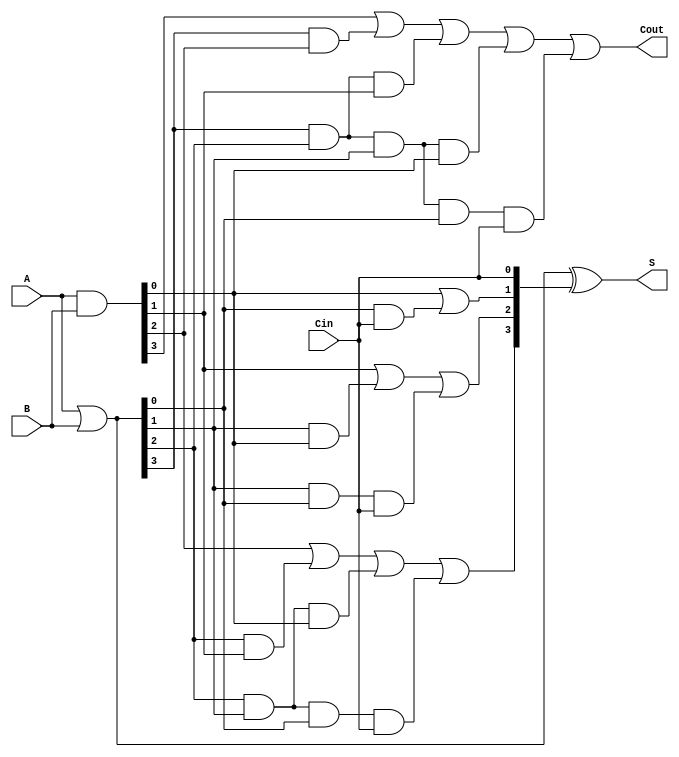
module carry_lookahead_adder (
    input  wire [3:0] A,     // 4-bit input A
    input  wire [3:0] B,     // 4-bit input B
    input  wire Cin,         // Carry input
    output wire [3:0] S,     // 4-bit sum output
    output wire Cout         // Carry output
);

    // Generate and propagate signals
    wire [3:0] G; // Generate signals
    wire [3:0] P; // Propagate signals
    wire [4:0] C; // Carry signals

    // Generate and Propagate logic
    assign G = A & B;         // Generate: Gi = Ai & Bi
    assign P = A | B;         // Propagate: Pi = Ai | Bi

    // Carry signals
    assign C[0] = Cin;        // C0 = Cin
    assign C[1] = G[0] | (P[0] & C[0]); // C1 = G0 + (P0 & C0)
    assign C[2] = G[1] | (P[1] & G[0]) | (P[1] & P[0] & C[0]); // C2
    assign C[3] = G[2] | (P[2] & G[1]) | (P[2] & P[1] & G[0]) | (P[2] & P[1] & P[0] & C[0]); // C3
    assign C[4] = G[3] | (P[3] & G[2]) | (P[3] & P[2] & G[1]) | (P[3] & P[2] & P[1] & G[0]) | (P[3] & P[2] & P[1] & P[0] & C[0]); // C4 = Cout

    // Sum calculation
    assign S = P ^ C[3:0]; // Si = Pi  Ci

    // Carry output
    assign Cout = C[4];

endmodule